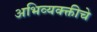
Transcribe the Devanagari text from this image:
अभिव्यक्क्तीचे